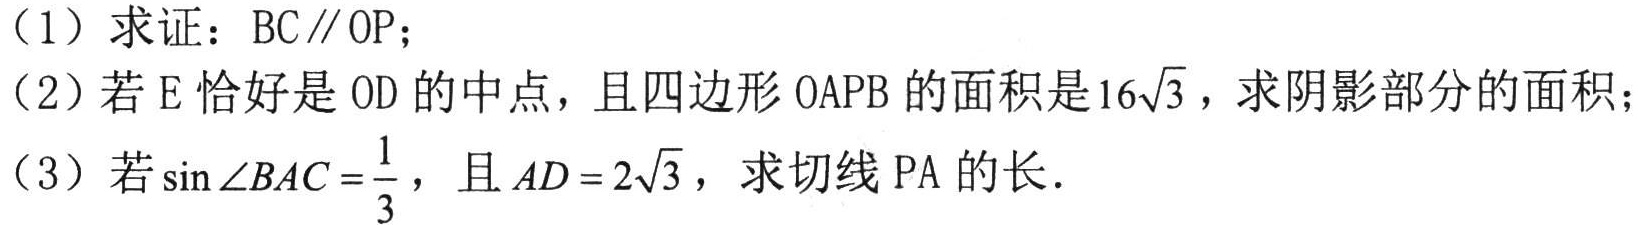
（1）求证：$BC\parallel OP$；
（2）若$E$恰好是$OD$的中点，且四边形$OAPB$的面积是$16\sqrt{3}$，求阴影部分的面积；
（3）若$\sin\angle BAC = \frac{1}{3}$，且$AD = 2\sqrt{3}$，求切线$PA$的长．